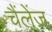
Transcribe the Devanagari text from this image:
चैंलेंज